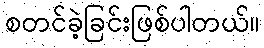
စတင်ခဲ့ခြင်းဖြစ်ပါတယ်။